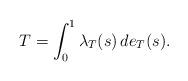
LaTeX: \begin{align*}T = \int_0^1 \lambda_T(s)\, de_T(s).\end{align*}